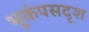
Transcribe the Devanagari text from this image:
भूकंपसदृश